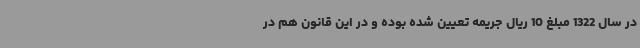
در سال 1322 مبلغ 10 ریال جریمه تعیین شده بوده و در این قانون هم در